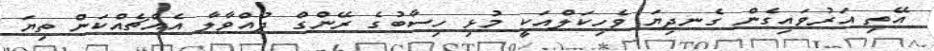
އޭތި އަރުވައިގެން ގެނދިޔަ ވެހިކަލްއަކީ މުޅި ހިސާބުގެ ރޭންގް ދުއްވާލާ އެއްޗެއްކަން ތިޔަ